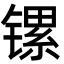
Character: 镙